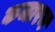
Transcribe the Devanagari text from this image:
कजारन